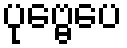
ပုဗ္ဗေပေ